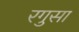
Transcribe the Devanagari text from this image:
रगुसा